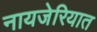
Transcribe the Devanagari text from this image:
नायजेरियात